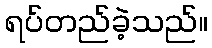
ရပ်တည်ခဲ့သည်။